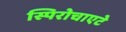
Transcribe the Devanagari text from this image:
स्पिरोचाएटे